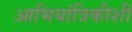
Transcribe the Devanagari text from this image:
आभियांत्रिकीशी